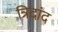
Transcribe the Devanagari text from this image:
त्रिदांद